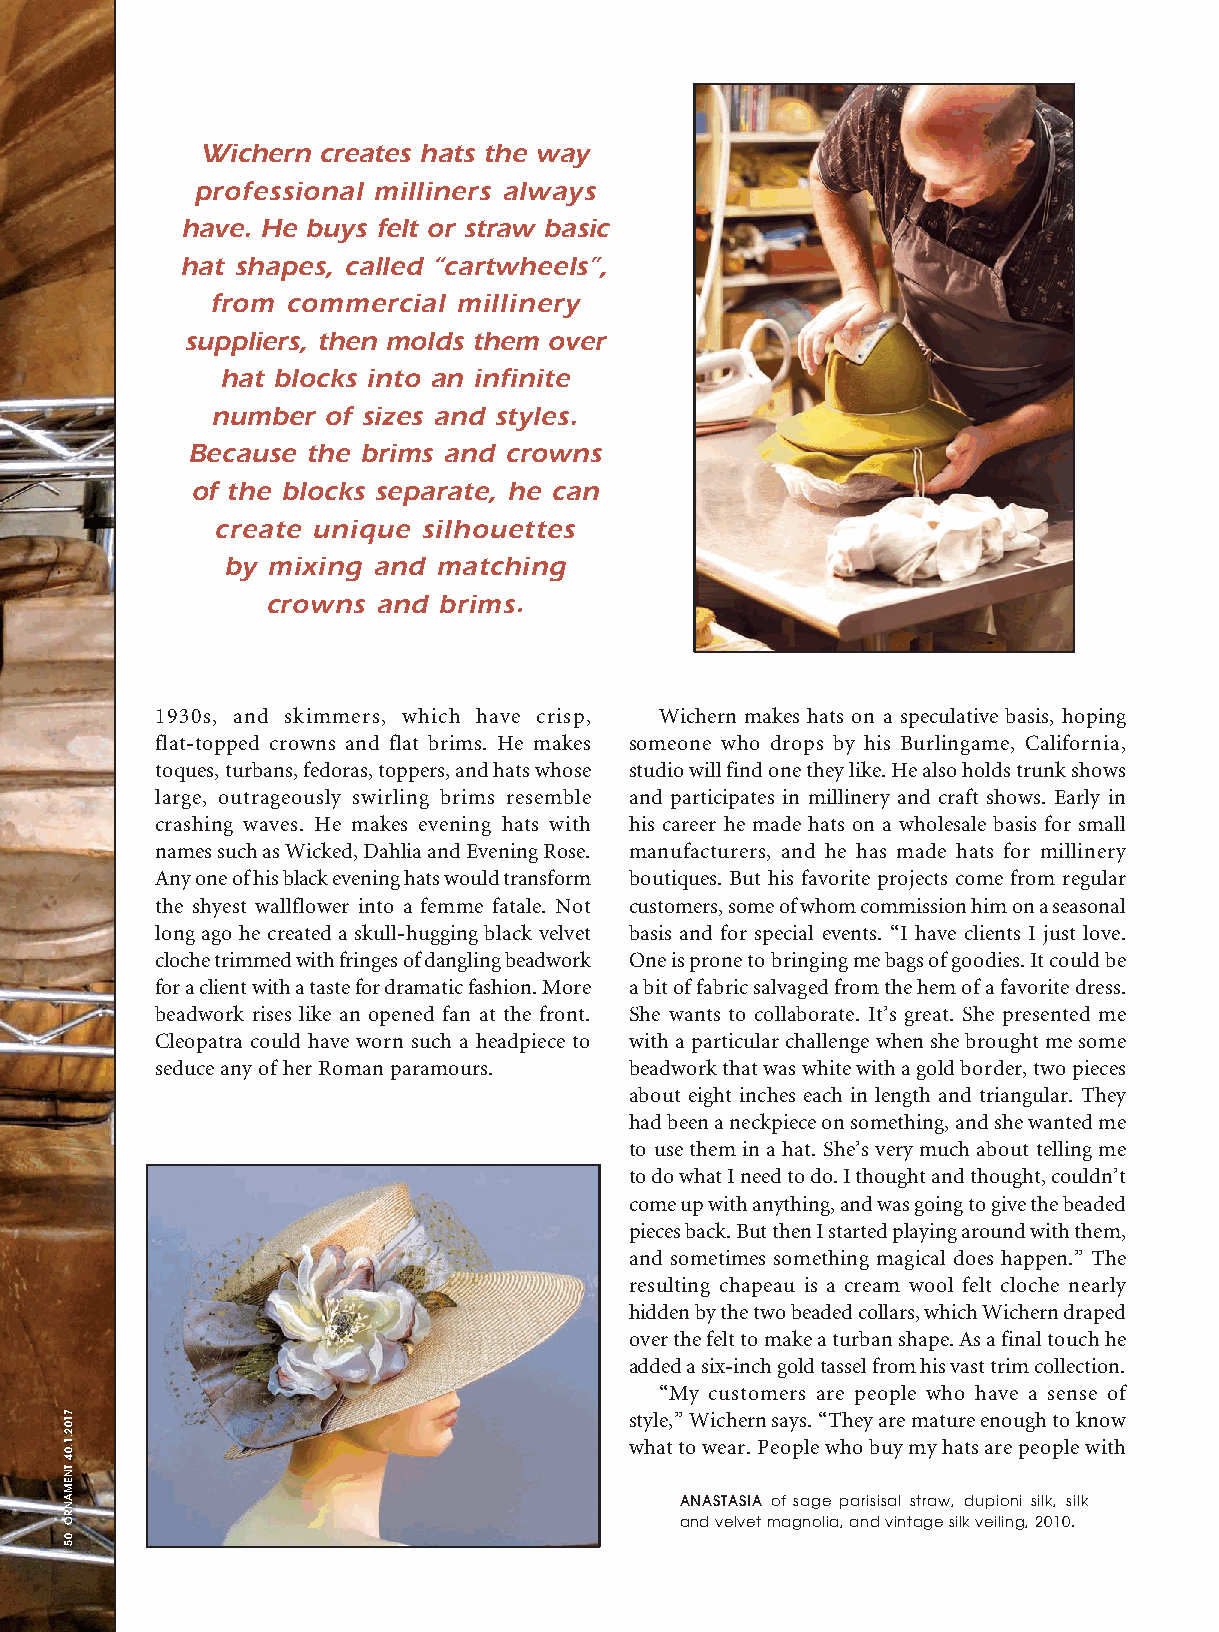
Wichern creates hats the way
 professional milliners always
 have. He buys felt or straw basic
 hat shapes, called “cartwheels”,
 from commercial  millinery
 suppliers, then molds them over
 hat blocks into an infinite
 number  of sizes and styles.
 Because the brims and crowns
 of the blocks separate, he can
 create unique silhouettes
 by mixing and matching
 crowns and brims.
 1930s, and skimmers, which have crisp, Wichern makes hats on a speculative basis, hoping
 flat-topped crowns and flat brims. He makes someone who drops by his Burlingame, California,
 toques, turbans, fedoras, toppers, and hats whose studio will find one they like. He also holds trunk shows
 large, outrageously swirling brims resemble and participates in millinery and craft shows. Early in
 crashing waves. He makes evening hats with his career he made hats on a wholesale basis for small
 names such as Wicked, Dahlia and Evening Rose. manufacturers, and he has made hats for millinery
 Any one of his black evening hats would transform boutiques. But his favorite projects come from regular
 the shyest wallflower into a femme fatale. Not customers, some of whom commission him on a seasonal
 long ago he created a skull-hugging black velvet basis and for special events. “I have clients I just love.
 cloche trimmed with fringes of dangling beadwork One is prone to bringing me bags of goodies. It could be
 for a client with a taste for dramatic fashion. More a bit of fabric salvaged from the hem of a favorite dress.
 beadwork rises like an opened fan at the front. She wants to collaborate. It’s great. She presented me
 Cleopatra could have worn such a headpiece to with a particular challenge when she brought me some
 seduce any of her Roman paramours. beadwork that was white with a gold border, two pieces
 about eight inches each in length and triangular. They
 had been a neckpiece on something, and she wanted me
 to use them in a hat. She’s very much about telling me
 to do what I need to do. I thought and thought, couldn’t
 come up with anything, and was going to give the beaded
 pieces back. But then I started playing around with them,
 and sometimes something magical does happen.” The
 resulting chapeau is a cream wool felt cloche nearly
 hidden by the two beaded collars, which Wichern draped
 over the felt to make a turban shape. As a final touch he
 added a six-inch gold tassel from his vast trim collection.
 “My customers are people who have a sense of
 style,” Wichern says. “They are mature enough to know
 what to wear. People who buy my hats are people with
 ANASTASIA of sage parisisal straw, dupioni silk, silk
 and velvet magnolia, and vintage silk veiling, 2010.
 4400__11__WWaayynnee WWiicchheerrnn 1100__FFiinnaall..iinndddd 5500     1100//2266//1177 77::0044 PPMM
 7102.1.04
 TNEMANRO
 05